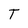
Character: T